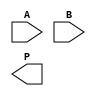
module dadda_multiplier #(parameter n = 4) (
    input [n-1:0] A,
    input [n-1:0] B,
    output reg [2*n-1:0] P
);

    // Partial products
    wire [n-1:0] pp [0:n-1]; // Partial products array

    // Generate partial products
    genvar i, j;
    generate
        for (i = 0; i < n; i = i + 1) begin : pp_gen
            for (j = 0; j < n; j = j + 1) begin : pp_row
                assign pp[i][j] = A[i] & B[j];
            end
        end
    endgenerate

    // Reduction tree
    wire [n-1:0] sum [0:n-1]; // Sums at each stage
    wire [n-1:0] carry [0:n-1]; // Carries at each stage

    // Stage 1: Combine partial products
    generate
        for (i = 0; i < n-1; i = i + 1) begin : stage1
            if (i < n-1) begin
                assign {carry[0][i], sum[0][i]} = pp[i][0] + pp[i+1][0];
                assign {carry[1][i], sum[1][i]} = pp[i][1] + pp[i+1][1];
                assign {carry[2][i], sum[2][i]} = pp[i][2] + pp[i+1][2];
                assign {carry[3][i], sum[3][i]} = pp[i][3] + pp[i+1][3];
            end
        end
    endgenerate

    // Stage 2: Combine remaining sums and carries
    generate
        for (i = 0; i < n-2; i = i + 1) begin : stage2
            assign {carry[4][i], sum[4][i]} = sum[0][i] + sum[1][i] + carry[1][i];
            assign {carry[5][i], sum[5][i]} = sum[2][i] + sum[3][i] + carry[2][i];
        end
    endgenerate

    // Final addition stage
    wire [2*n-1:0] final_sum;
    wire [2*n-1:0] final_carry;

    assign final_sum = {1'b0, sum[4][0], sum[5][0]} + {1'b0, carry[4][0], carry[5][0]};
    assign P = final_sum;

endmodule